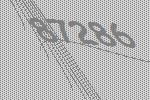
87286